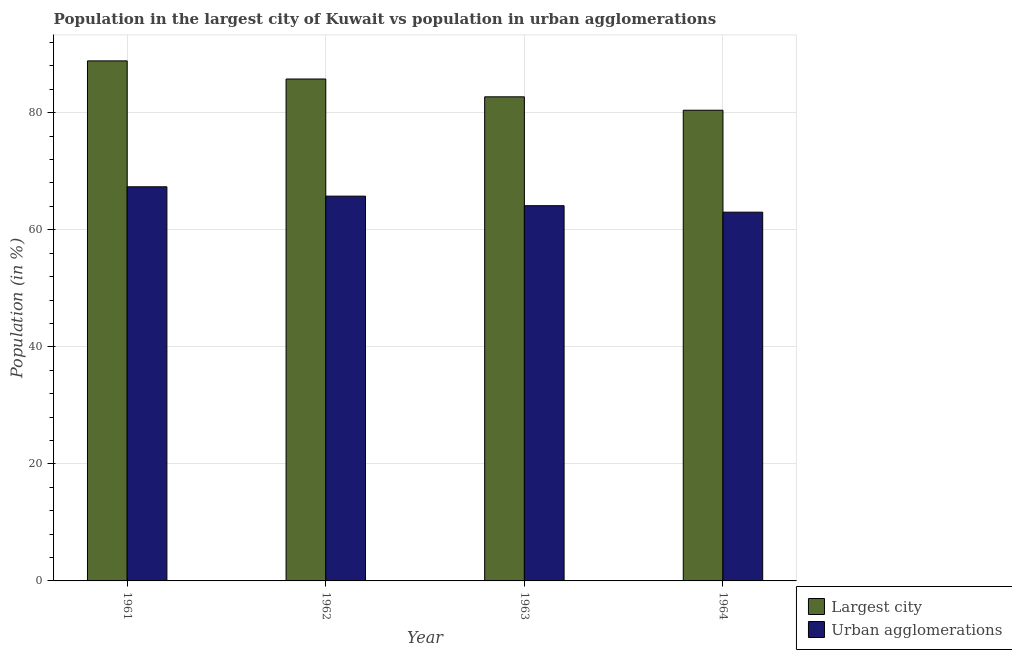
| Year | Largest city | Urban agglomerations |
 | --- | --- | --- |
 | 1961 | 88.9 | 67.3 |
 | 1962 | 85.8 | 65.7 |
 | 1963 | 82.7 | 64.1 |
 | 1964 | 80.4 | 63 |